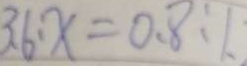
3 6 : x = 0 . 8 : 1